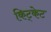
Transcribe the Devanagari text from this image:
किट्केट